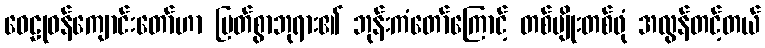
ဝေဠုဝန်ကျောင်းတော်ဟာ မြတ်စွာဘုရား၏ ဘုန်းကံတော်ကြောင့် တစ်မျိုးတစ်ဖုံ အလွန်တင့်တယ်